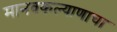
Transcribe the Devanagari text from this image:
मानवकल्याणाचा